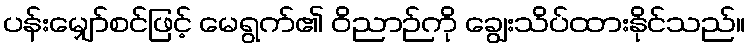
ပန်းမျှော်စင်ဖြင့် မေရွက်၏ ဝိညာဉ်ကို ချွေးသိပ်ထားနိုင်သည်။